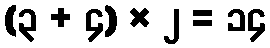
(၃ + ၄) × ၂ = ၁၄